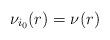
LaTeX: \begin{align*}\nu_{i_0}(r)=\nu(r)\end{align*}